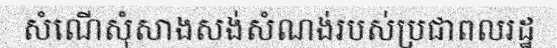
សំណើសុំសាងសង់សំណង់របស់ប្រជាពលរដ្ឋ